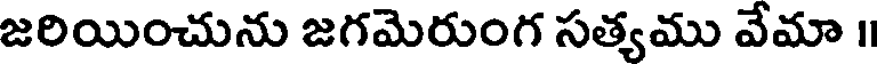
జరియించును జగమెరుంగ సత్యము వేమా ॥